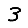
Digit: 3